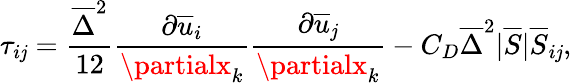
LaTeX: \tau_{i\mathit{j}}=\frac{{\overline{{{\Delta}}}^{2}}}{{12}}\frac{{\partial\overline{{{u}}}_{i}}}{{\partialx_{k}}}\frac{{\partial\overline{{{u}}}_{\mathit{j}}}}{{\partialx_{k}}}-C_{D}\overline{{{\Delta}}}^{2}|\overline{{{S}}}|\overline{{{S}}}_{i\mathit{j}},